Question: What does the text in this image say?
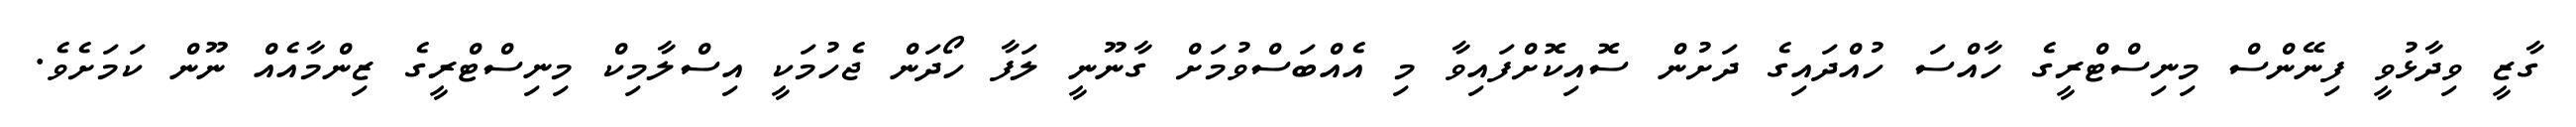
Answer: ގާޒީ ވިދާޅުވީ ފިނޭންސް މިނިސްޓްރީގެ ހާއްސަ ހުއްދައިގެ ދަށުން ސޮއިކޮށްފައިވާ މި އެއްބަސްވުމަށް ގާނޫނީ ލަފާ ހޯދަން ޖެހުމަކީ އިސްލާމިކް މިނިސްޓްރީގެ ޒިންމާއެއް ނޫން ކަމަށެވެ.